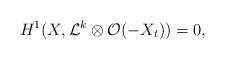
LaTeX: \begin{align*}H^1(X,\mathcal{L}^k\otimes \mathcal{O}(-X_t))=0,\end{align*}